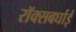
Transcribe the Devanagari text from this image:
रॉक्सबर्घाई